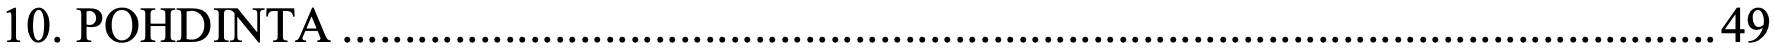
10. POHDINTA .............................................................................................................. 49